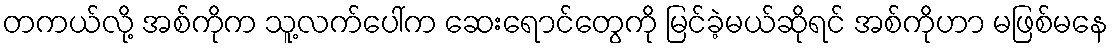
တကယ်လို့ အစ်ကိုက သူ့လက်ပေါ်က ဆေးရောင်တွေကို မြင်ခဲ့မယ်ဆိုရင် အစ်ကိုဟာ မဖြစ်မနေ